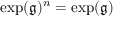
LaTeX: \exp ( { \mathfrak { g } } ) ^ { n } = \exp ( { \mathfrak { g } } )